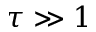
\tau \gg 1